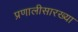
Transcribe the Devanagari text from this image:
प्रणालीसारख्या